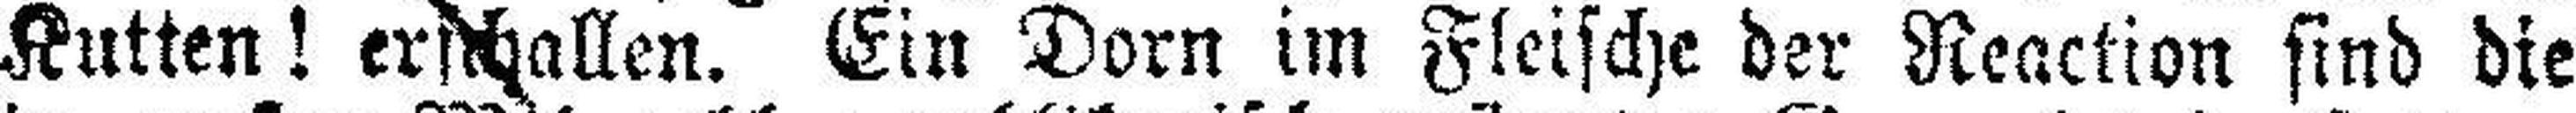
Kutten! erschallen. Ein Dorn im Fleische der Reaction sind die